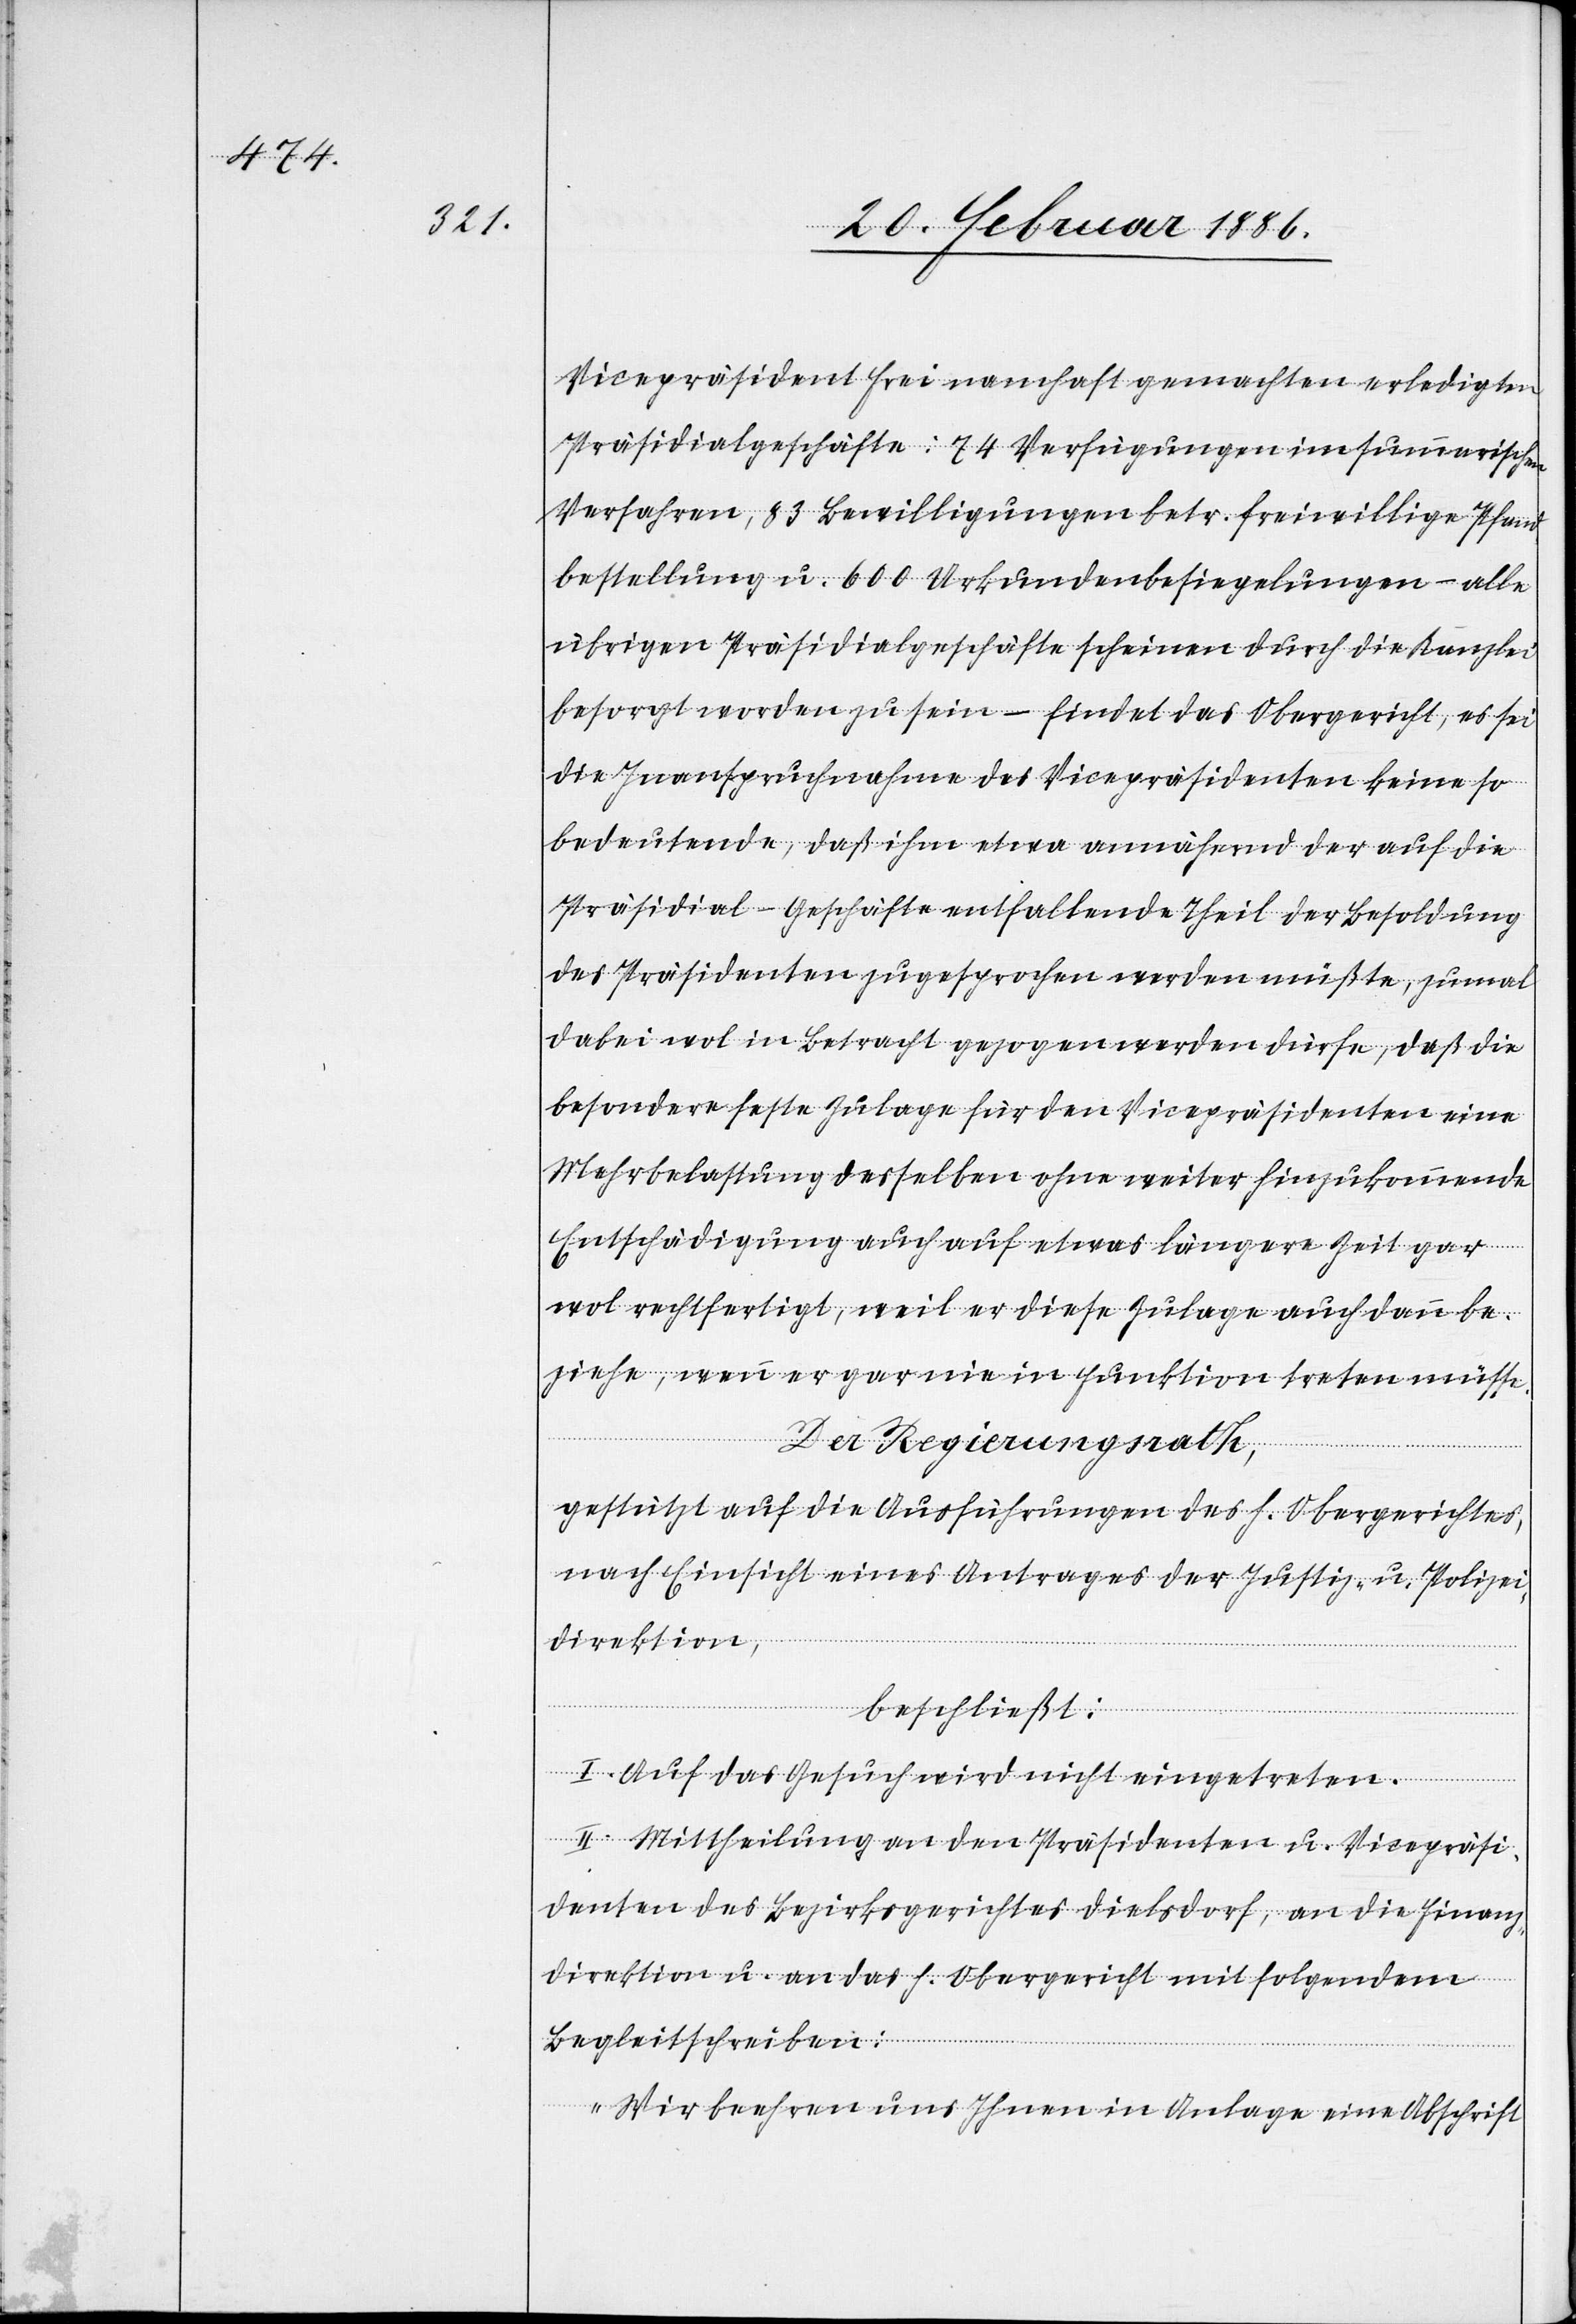
Vicepräsident Frei namhaft gemachten erledigten
Präsidialgeschäfte: 74 Verfügungen im summarischen
Verfahren, 83 Bewilligungen betr. freiwillige Pfand¬
bestellungen u. 600 Urkundenbesieglungen – alle
übrigen Präsidialgeschäfte scheinen durch die Kanzlei
besorgt worden zu sein – findet das Obergericht, es sei
die Inanspruchnahme des Vicepräsidenten keine so
bedeutende, daß ihm etwa annähernd der auf die
Präsidialgeschäfte entfallende Theil der Besoldung
des Präsidenten zugesprochen werden müßte, zumal
dabei wol in Betracht gezogen werden dürfe, daß die
besondere feste Zulage für den Vicepräsidenten eine
Mehrbelastung desselben ohne weiter hinzukommende
Entschädigung auch auf etwas längere Zeit gar
wol rechtfertigt, weil er diese Zulage auch dann be¬
ziehe, wenn er gar nie in Funktion treten müsse.
Der Regierungsrath,
gestützt auf die Ausführungen des h. Obergerichtes,
nach Einsicht eines Antrages der Justiz- u. Polizei¬
direktion,
beschließt:
I. Auf das Gesuch wird nicht eingetreten.
II. Mittheilung an den Präsidenten u. Vicepräsi¬
denten des Bezirksgerichtes Dielsdorf, an die Finanz¬
direktion u. an das h. Obergericht mit folgendem
Begleitschreiben:
„Wir beehren uns Ihnen in Anlage eine Abschrift